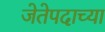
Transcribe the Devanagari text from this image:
जेतेपदाच्या